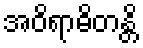
အဝိရာဓိတန္တိ